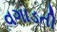
વગાડતી